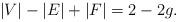
LaTeX: \begin{align*}|V|-|E|+|F| = 2-2g.\end{align*}